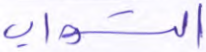
التواب